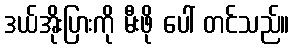
ဒယ်အိုးပြားကို မီးဖို ပေါ် တင်သည်။